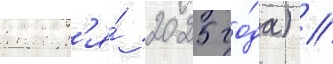
январ'я́ 2025 го́да) //